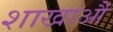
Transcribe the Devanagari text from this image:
शाखाऔं